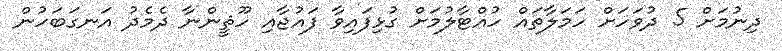
ދިނުމަށް 5 ދުވަހަށް ހަމަލާތައް ހުއްޓާލުމަށް ގުޅިފައިވާ ފައުޖާއި ހޫޘީންނާ ދެމެދު އަނގަބަހުން